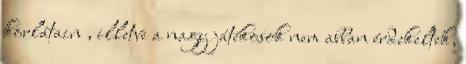
korlátain , illetve a nagy játékosok nem abban érdekeltek,